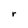
Character: r